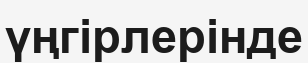
үңгірлерінде